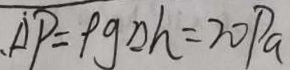
\Delta P = \rho g \Delta h = 2 0 P a